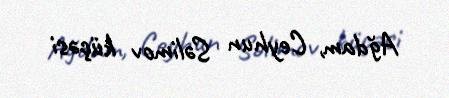
Ağdam, Ceyhun Səlimov küçəsi